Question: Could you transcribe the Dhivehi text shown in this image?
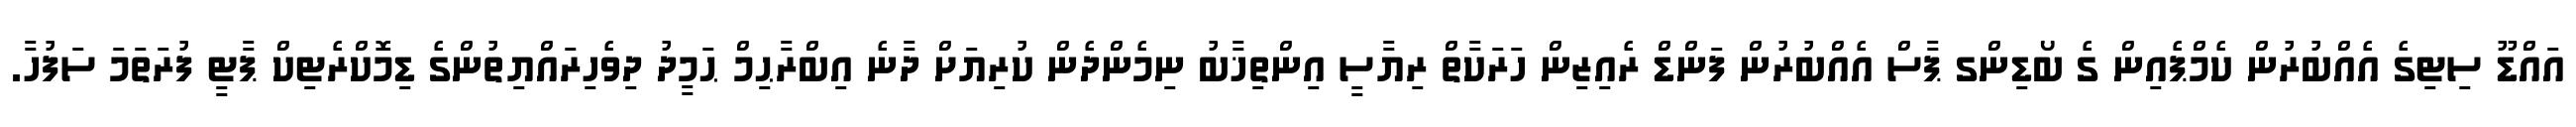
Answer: އައްޑޫ ސިޓިގެ އެއްބުރުން ކެމްޕެއިން ގެ ބޯޑިންގ ޕާސް އެއްބުރުން ފަންޑް ރެއިޒިން ހަރަކާތް ރިޔާސީ އިންތިޚާބު ނިމެންދެން ކުރިޔަށް ދާނެ އިބްރާޙިމް ޙަމީދު ދިވެހިރައްޔިތުންގެ ޑިމޮކްރެޓިކް ޕާޓީ ފުރަތަމަ ސަފުހާ.